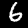
Label: 6